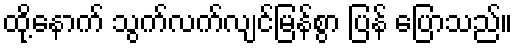
ထို့နောက် သွက်လက်လျင်မြန်စွာ ပြန် ပြောသည်။